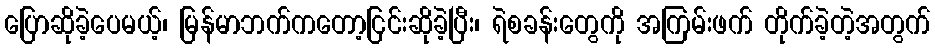
ပြောဆိုခဲ့ပေမယ့်၊ မြန်မာဘက်ကတော့ငြင်းဆိုခဲ့ပြီး၊ ရဲစခန်းတွေကို အကြမ်းဖက် တိုက်ခဲ့တဲ့အတွက်